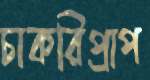
চাকরিপ্রাপ